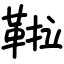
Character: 鞡